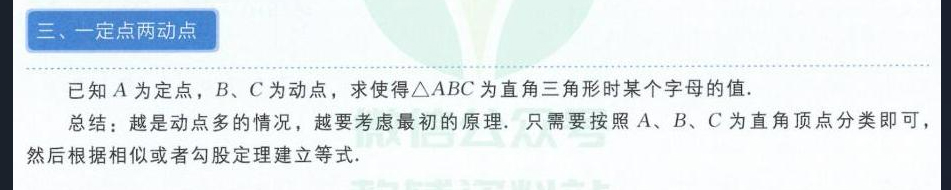
三、一定点两动点
已知\(A\)为定点，\(B\)、\(C\)为动点，求使得\(\triangle ABC\)为直角三角形时某个字母的值．
总结：越是动点多的情况，越要考虑最初的原理．只需要按照\(A\)、\(B\)、\(C\)为直角顶点分类即可，然后根据相似或者勾股定理建立等式．